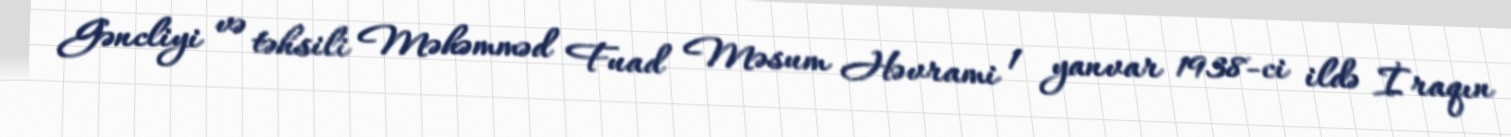
Gəncliyi və təhsili Məhəmməd Fuad Məsum Həvrami 1 yanvar 1938-ci ildə İraqın